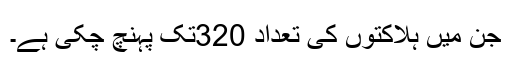
جن میں ہلاکتوں کی تعداد 320تک پہنچ چکی ہے۔